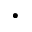
\cdot